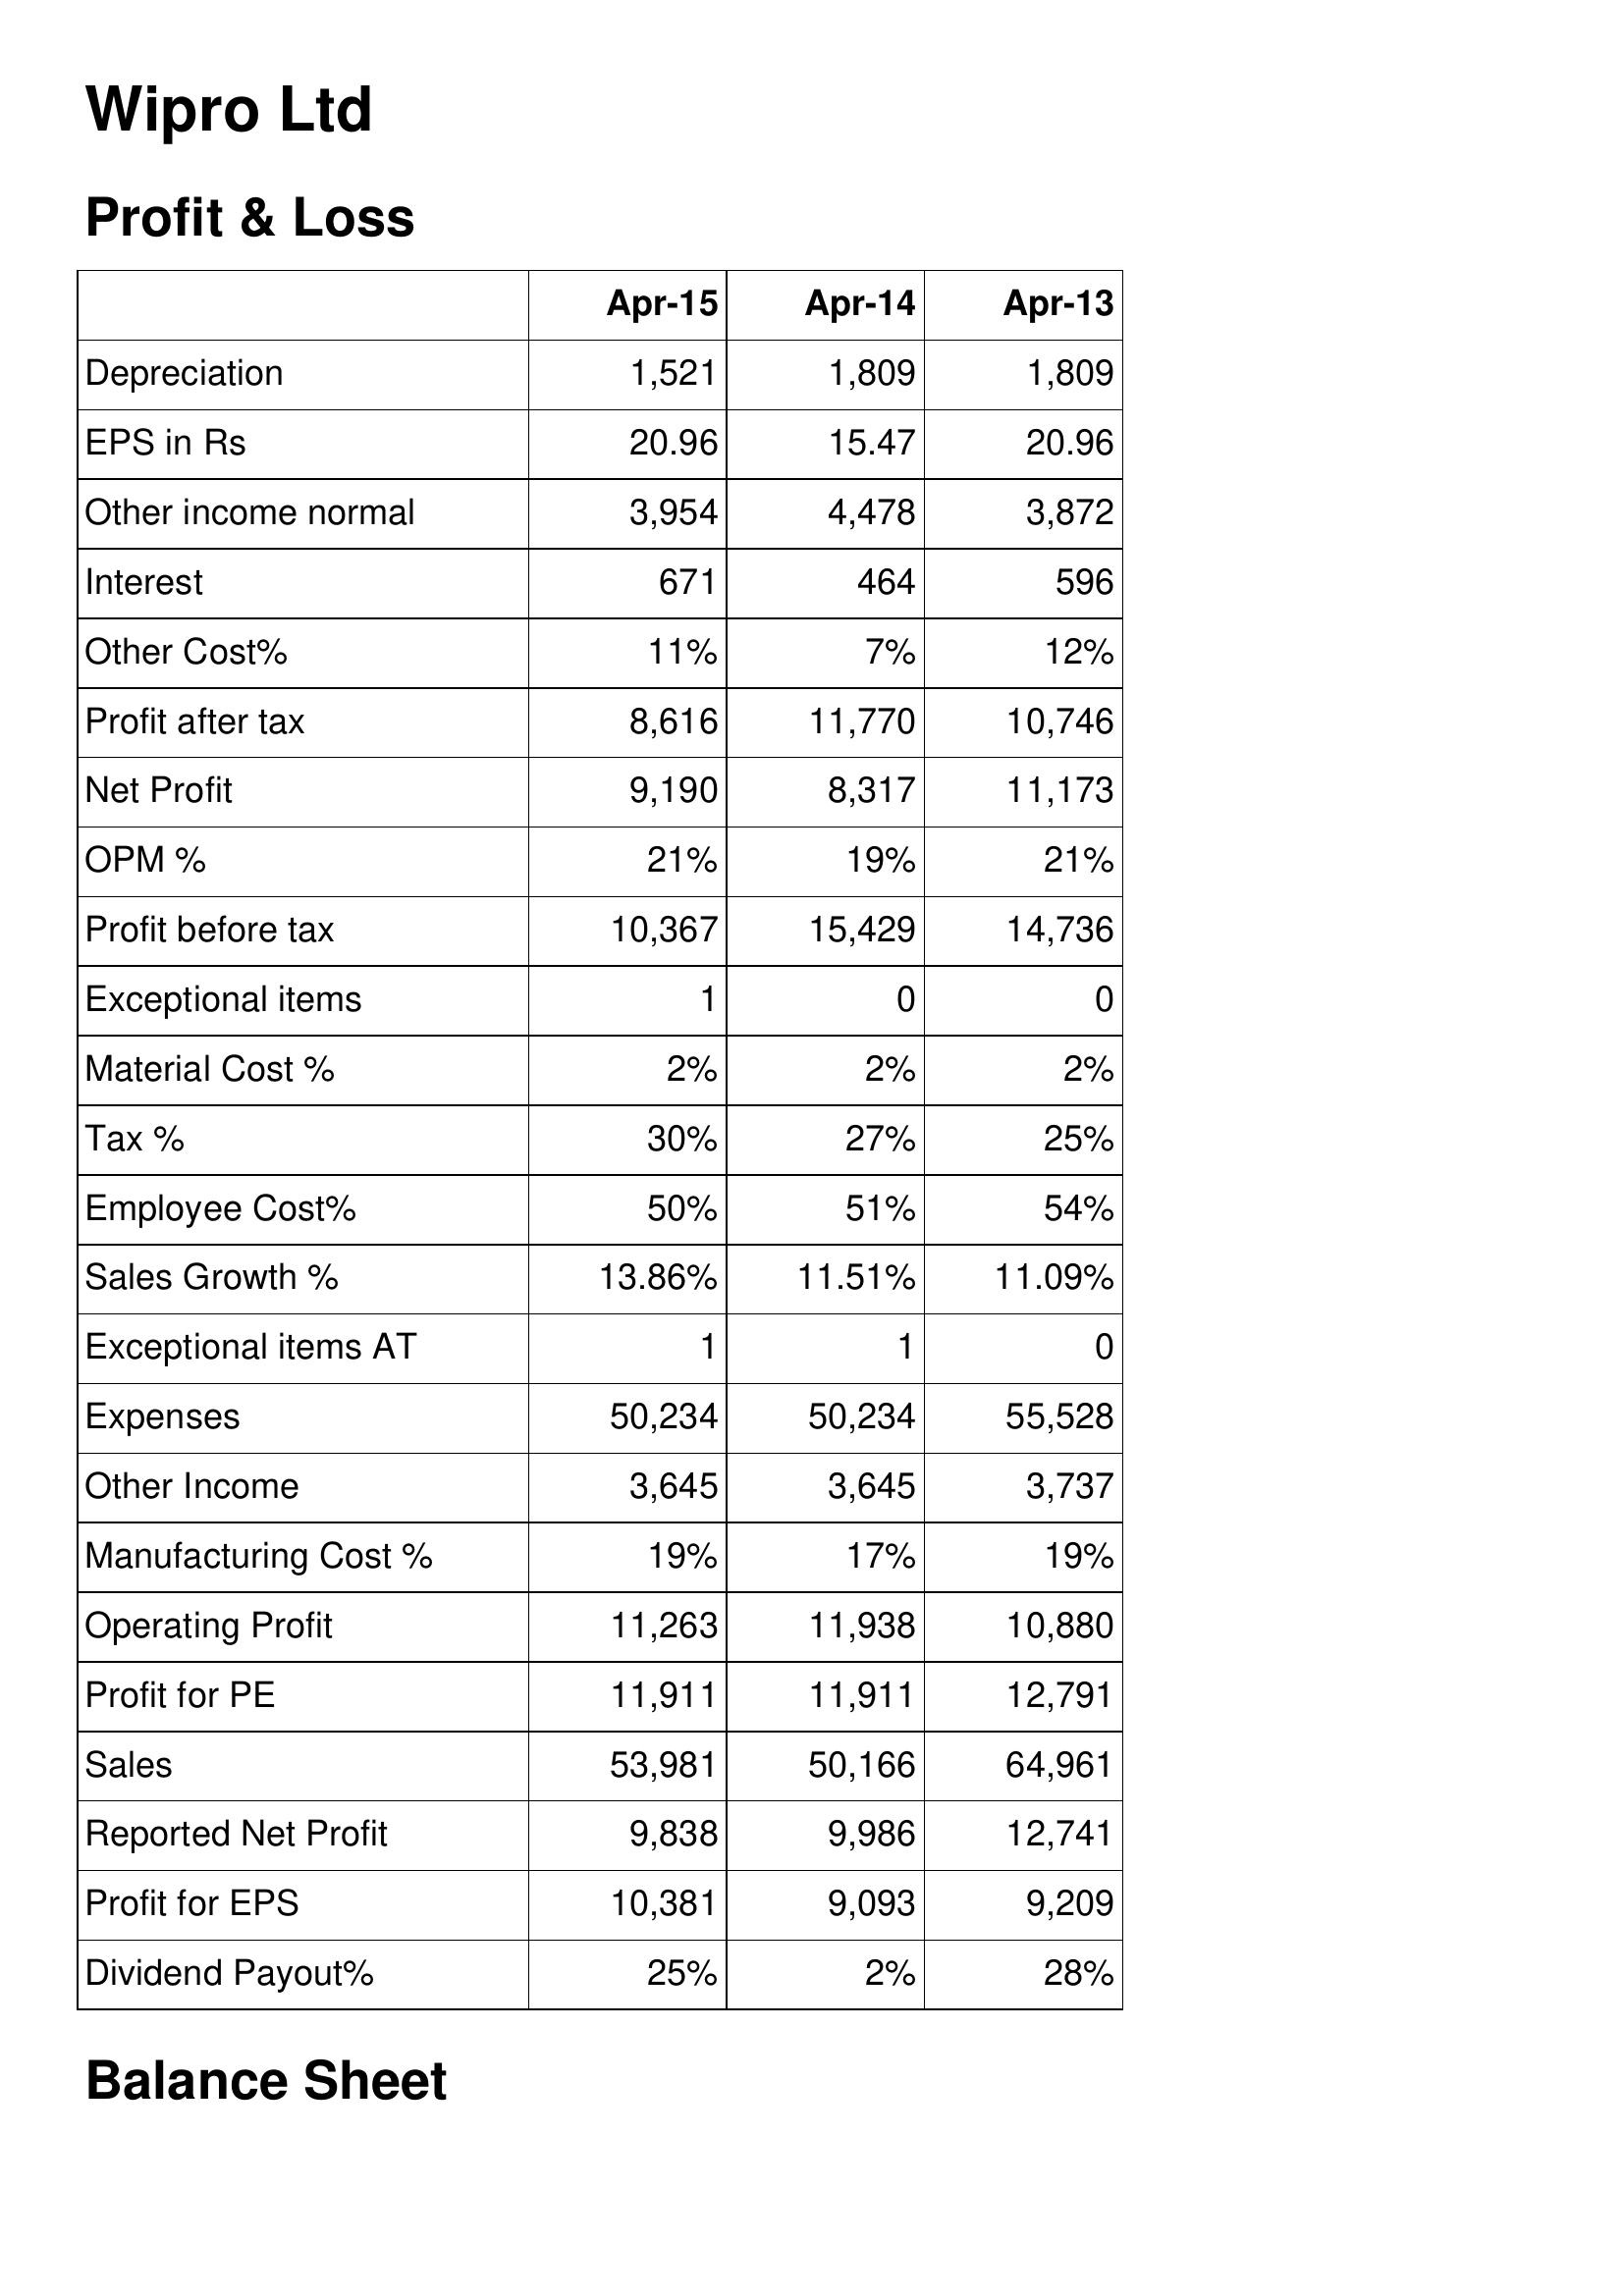
Apr-15: Profit & Loss: Depreciation: 1,521
EPS in Rs: 20.96
Other income normal: 3,954
Interest: 671
Other Cost%: 11%
Profit after tax: 8,616
Net Profit: 9,190
OPM %: 21%
Profit before tax: 10,367
Exceptional items: 1
Material Cost %: 2%
Tax %: 30%
Employee Cost%: 50%
Sales Growth %: 13.86%
Exceptional items AT: 1
Expenses: 50,234
Other Income: 3,645
Manufacturing Cost %: 19%
Operating Profit: 11,263
Profit for PE: 11,911
Sales: 53,981
Reported Net Profit: 9,838
Profit for EPS: 10,381
Dividend Payout%: 25%
Apr-14: Profit & Loss: Depreciation: 1,809
EPS in Rs: 15.47
Other income normal: 4,478
Interest: 464
Other Cost%: 7%
Profit after tax: 11,770
Net Profit: 8,317
OPM %: 19%
Profit before tax: 15,429
Exceptional items: 0
Material Cost %: 2%
Tax %: 27%
Employee Cost%: 51%
Sales Growth %: 11.51%
Exceptional items AT: 1
Expenses: 50,234
Other Income: 3,645
Manufacturing Cost %: 17%
Operating Profit: 11,938
Profit for PE: 11,911
Sales: 50,166
Reported Net Profit: 9,986
Profit for EPS: 9,093
Dividend Payout%: 2%
Apr-13: Profit & Loss: Depreciation: 1,809
EPS in Rs: 20.96
Other income normal: 3,872
Interest: 596
Other Cost%: 12%
Profit after tax: 10,746
Net Profit: 11,173
OPM %: 21%
Profit before tax: 14,736
Exceptional items: 0
Material Cost %: 2%
Tax %: 25%
Employee Cost%: 54%
Sales Growth %: 11.09%
Exceptional items AT: 0
Expenses: 55,528
Other Income: 3,737
Manufacturing Cost %: 19%
Operating Profit: 10,880
Profit for PE: 12,791
Sales: 64,961
Reported Net Profit: 12,741
Profit for EPS: 9,209
Dividend Payout%: 28%